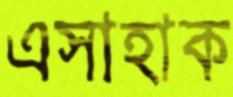
এসাহাক